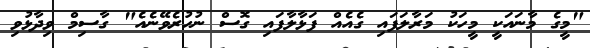
"މީގެ މާނައަކީ މީހަކު މަރާލަފައި ގެއެއް ފަޅާލާފައި ގޮސް ނުހުރެވޭނެއެ" ގާސިމް ވިދާޅުވި